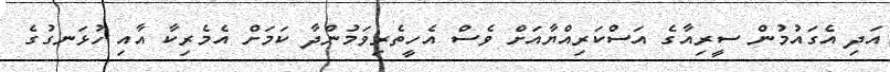
އަދި އެގައުމުން ސީރިއާގެ އަސްކަރިއްޔާއަށް ވެސް އެހީތެރިވަމުންދާ ކަމަށް އެމެރިކާ އާއި ހުޅަނގުގެ